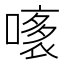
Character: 𧛧